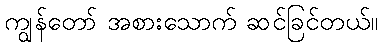
ကျွန်တော် အစားသောက် ဆင်ခြင်တယ်။